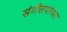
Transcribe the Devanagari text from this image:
संगीतपरंपरा